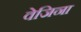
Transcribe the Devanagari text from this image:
वेजिना